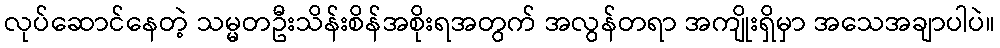
လုပ်ဆောင်နေတဲ့ သမ္မတဦးသိန်းစိန်အစိုးရအတွက် အလွန်တရာ အကျိုးရှိမှာ အသေအချာပါပဲ။